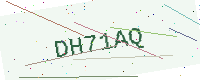
Text: DH71AQ